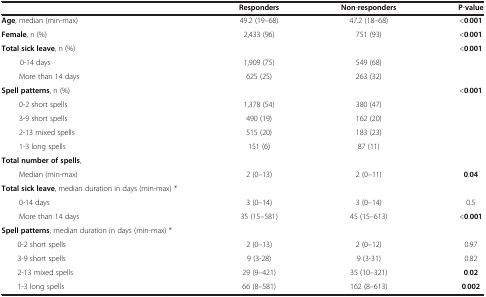
|  | Responders | Non-responders | P-value |
 | --- | --- | --- | --- |
 | Age, median (min-max) | 49.2 (19–68) | 47.2 (18–68) | <0.001 |
 | Female, n (%) | 2,433 (96) | 751 (93) | <0.001 |
 | Total sick leave, n (%) |  |  | <0.001 |
 | 0-14 days | 1,909 (75) | 549 (68) |  |
 | More than 14 days | 625 (25) | 263 (32) |  |
 | Spell patterns, n (%) |  |  | <0.001 |
 | 0-2 short spells | 1,378 (54) | 380 (47) |  |
 | 3-9 short spells | 490 (19) | 162 (20) |  |
 | 2-13 mixed spells | 515 (20) | 183 (23) |  |
 | 1-3 long spells | 151 (6) | 87 (11) |  |
 | Total number of spells, |  |  |  |
 | Median (min-max) | 2 (0–13) | 2 (0–11) | 0.04 |
 | Total sick leave, median duration in days (min-max) * |  |  |  |
 | 0-14 days | 3 (0–14) | 3 (0–14) | 0.5 |
 | More than 14 days | 35 (15–581) | 45 (15–613) | <0.001 |
 | Spell patterns, median duration in days (min-max) * |  |  |  |
 | 0-2 short spells | 2 (0–13) | 2 (0–12) | 0.97 |
 | 3-9 short spells | 9 (3-28) | 9 (3-31) | 0.82 |
 | 2-13 mixed spells | 29 (9–421) | 35 (10–321) | 0.02 |
 | 1-3 long spells | 66 (8–581) | 162 (8–613) | 0.002 |